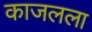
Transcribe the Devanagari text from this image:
काजलला